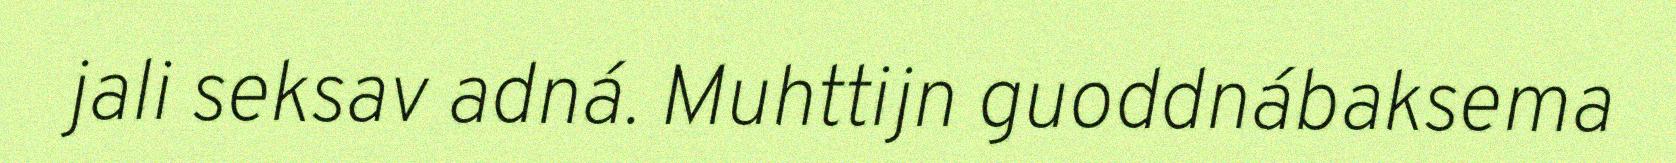
jali seksav adná. Muhttijn guoddnábaksema